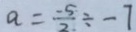
a = \frac { - 5 } { 2 } \div - 7